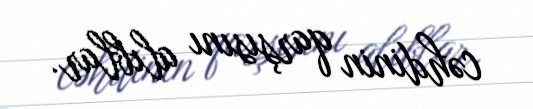
cəhdinin qarşısını alıblar.